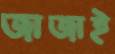
জাজাই